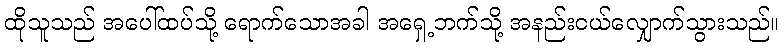
ထိုသူသည် အပေါ်ထပ်သို့ ရောက်သောအခါ အရှေ့ဘက်သို့ အနည်းငယ်လျှောက်သွားသည်။